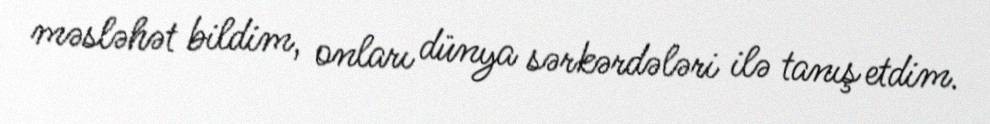
məsləhət bildim, onları dünya sərkərdələri ilə tanış etdim.